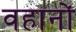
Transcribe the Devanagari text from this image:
वहानों